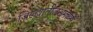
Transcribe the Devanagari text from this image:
जिल्ह्यातीलअमळनेर